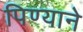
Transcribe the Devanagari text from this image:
पिण्याने